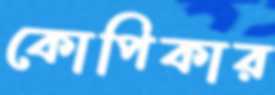
কোপিকার